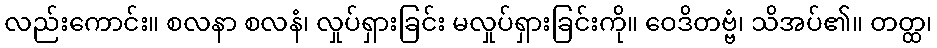
လည်းကောင်း။ စလနာ စလနံ၊ လှုပ်ရှားခြင်း မလှုပ်ရှားခြင်းကို။ ဝေဒိတဗ္ဗံ၊ သိအပ်၏။ တတ္ထ၊